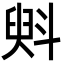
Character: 斞